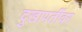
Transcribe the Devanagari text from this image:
दुखापतींवर